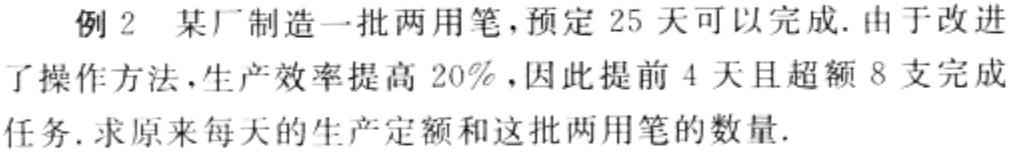
例 2 某厂制造一批两用笔，预定 25 天可以完成. 由于改进了操作方法，生产效率提高 20%，因此提前 4 天且超额 8 支完成任务. 求原来每天的生产定额和这批两用笔的数量.